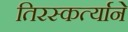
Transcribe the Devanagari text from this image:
तिरस्कर्त्याने